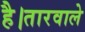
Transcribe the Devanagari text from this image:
है।तारवाले